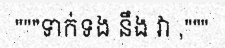
"""ទាក់ទង នឹង វា ,"""